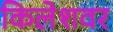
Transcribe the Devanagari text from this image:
किलेशवर